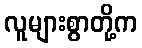
လူများစွာတို့က